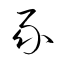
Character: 彖